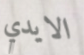
الايدي